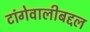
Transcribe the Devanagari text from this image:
टांगेवालीबद्दल